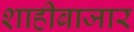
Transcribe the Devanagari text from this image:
शाहीबाजार